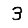
Digit: 3